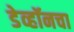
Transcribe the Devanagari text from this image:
डेव्हॉनचा